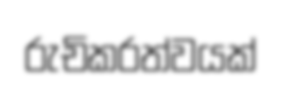
රුචිකරත්වයක්